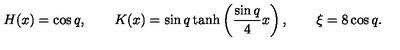
H ( x ) = \cos q , \qquad K ( x ) = \sin q \tanh \left( \frac { \sin q } { 4 } x \right) , \qquad \xi = 8 \cos q .